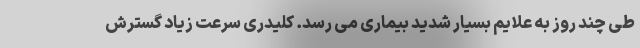
طی چند روز به علایم بسیار شدید بیماری می رسد. کلیدری سرعت زیاد گسترش